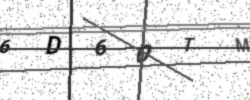
Text: 6D6OTM